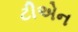
ટીએન